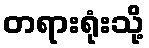
တရားရုံးသို့